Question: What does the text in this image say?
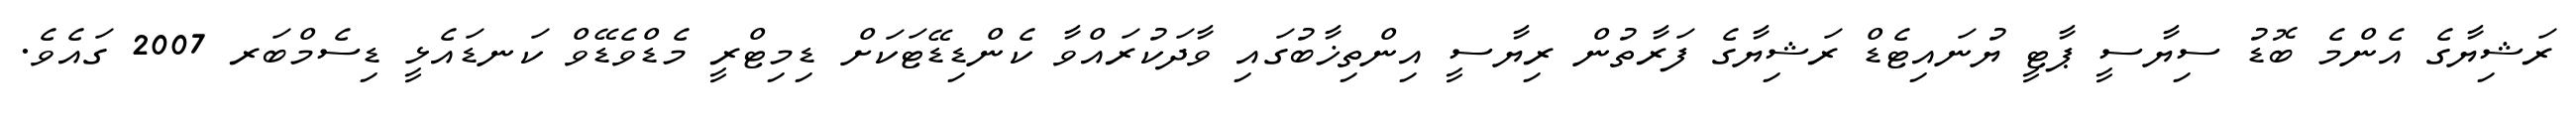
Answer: ރަޝިޔާގެ އެންމެ ބޮޑު ސިޔާސީ ޕާޓީ ޔުނައިޓެޑް ރަޝިޔާގެ ފަރާތުން ރިޔާސީ އިންތިޚާބުގައި ވާދަކުރައްވާ ކެންޑިޑޭޓަކަށް ޑިމިޓްރީ މެޑްވެޑޭވް ކަނޑައެޅީ ޑިސެމްބަރ 2007 ގައެވެ.